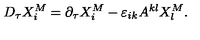
D _ { \tau } X _ { i } ^ { M } = \partial _ { \tau } X _ { i } ^ { M } - \varepsilon _ { i k } A ^ { k l } X _ { l } ^ { M } .